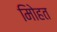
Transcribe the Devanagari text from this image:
मोिहत